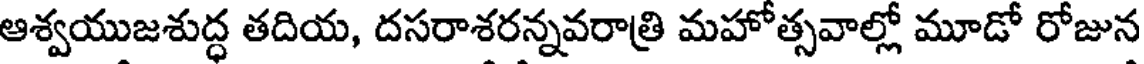
ఆశ్వయుజశుద్ధ తదియ, దసరాశరన్నవరాత్రి మహోత్సవాల్లో మూడో రోజున